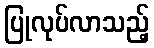
ပြုလုပ်လာသည့်